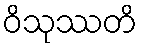
ဝိသုဿတိ